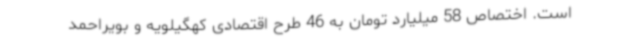
است. اختصاص 58 میلیارد تومان به 46 طرح اقتصادی کهگیلویه و بویراحمد